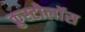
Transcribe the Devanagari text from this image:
क्रुस्टोलॉस